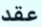
عقد